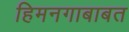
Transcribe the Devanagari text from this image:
हिमनगाबाबत